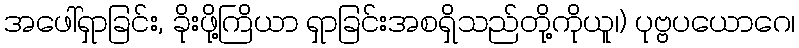
အဖေါ်ရှာခြင်း, ခိုးဖို့ကြိယာ ရှာခြင်းအစရှိသည်တို့ကိုယူ၊) ပုဗ္ဗပယောဂေ၊